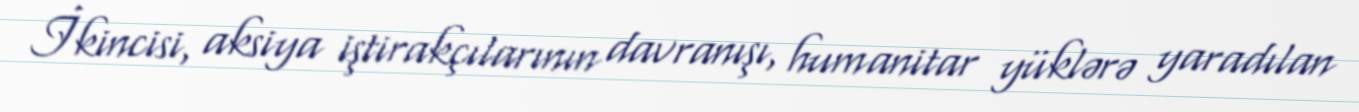
İkincisi, aksiya iştirakçılarının davranışı, humanitar yüklərə yaradılan